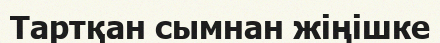
Тартқан сымнан жіңішке